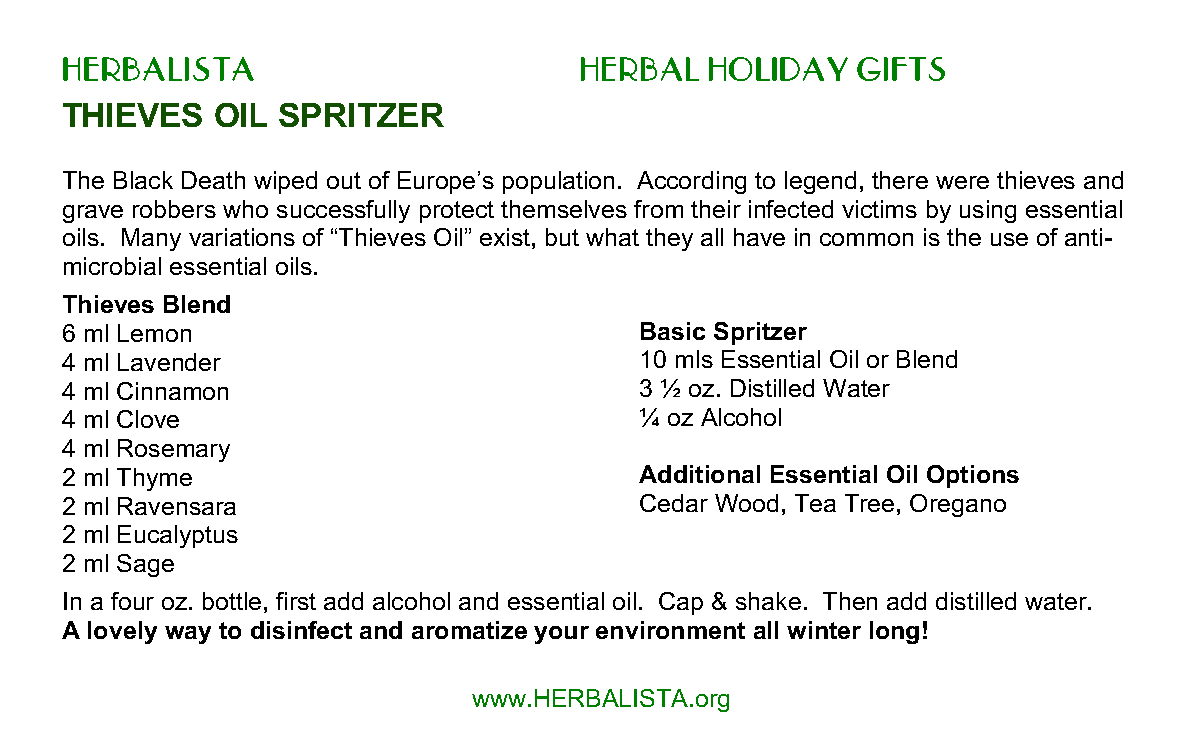
HERBALISTA                        HERBAL   HOLIDAY   GIFTS
 THIEVES   OIL SPRITZER
 The Black Death wiped out of Europe’s population. According to legend, there were thieves and
 grave robbers who successfully protect themselves from their infected victims by using essential
 oils. Many variations of “Thieves Oil” exist, but what they all have in common is the use of anti-
 microbial essential oils.
 Thieves Blend
 6 ml Lemon                            Basic Spritzer
 4 ml Lavender                         10 mls Essential Oil or Blend
 4 ml Cinnamon                         3 ½ oz. Distilled Water
 4 ml Clove                            ¼ oz Alcohol
 4 ml Rosemary
 2 ml Thyme                            Additional Essential Oil Options
 2 ml Ravensara                        Cedar Wood, Tea Tree, Oregano
 2 ml Eucalyptus
 2 ml Sage
 In a four oz. bottle, first add alcohol and essential oil. Cap & shake. Then add distilled water.
 A lovely way to disinfect and aromatize your environment all winter long!
 www.HERBALISTA.org